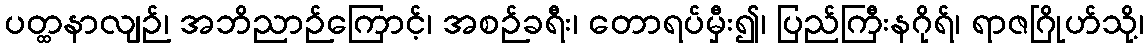
ပတ္ထနာလျဉ်၊ အဘိညာဉ်ကြောင့်၊ အစဉ်ခရီး၊ တောရပ်မှီး၍၊ ပြည်ကြီးနဂိုရ်၊ ရာဇဂြိုဟ်သို့၊